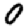
Digit: 0